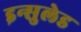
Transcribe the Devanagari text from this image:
इन्सुलेड